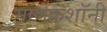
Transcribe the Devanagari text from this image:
माणेकशॉनी